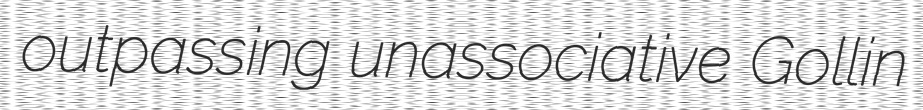
outpassing unassociative Gollin